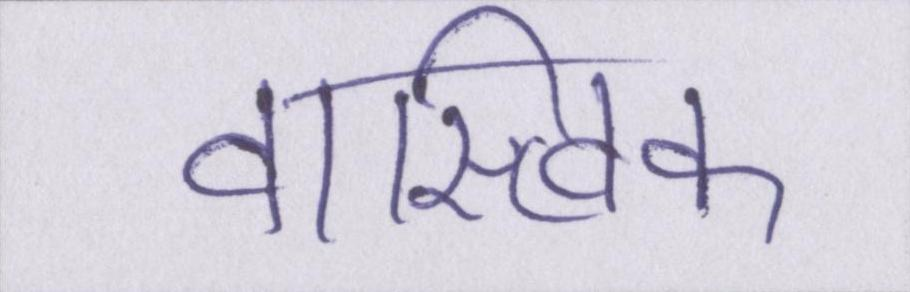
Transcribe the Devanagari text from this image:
वास्त्विक